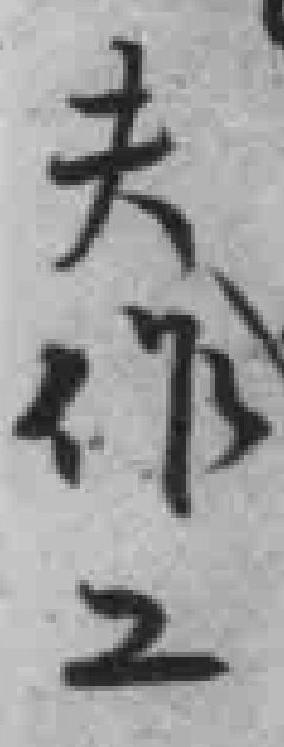
夫作工